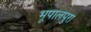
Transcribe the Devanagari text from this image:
भूपालपुरा